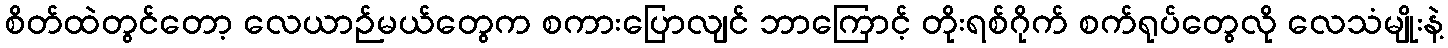
စိတ်ထဲတွင်တော့ လေယာဉ်မယ်တွေက စကားပြောလျင် ဘာကြောင့် တိုးရစ်ဂိုက် စက်ရုပ်တွေလို လေသံမျိုးနဲ့